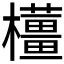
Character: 𱤳